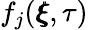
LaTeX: f_{j}(\pmb{\xi},\tau)